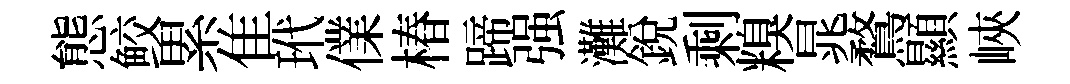
態鲛累隹玳㒒椿蹄强灘銳剩糗晁鶩顯峽